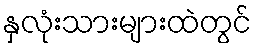
နှလုံးသားများထဲတွင်